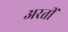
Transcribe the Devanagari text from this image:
अरतीं